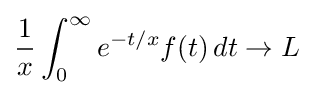
{\frac {1}{x}}\int _{0}^{\infty }e^{-t/x}f(t)\,dt\to L